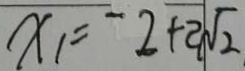
x _ { 1 } = - 2 + 2 \sqrt { 2 }